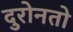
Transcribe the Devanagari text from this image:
दुरोनतो